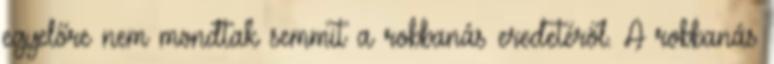
egyelőre nem mondtak semmit a robbanás eredetéről. A robbanás